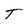
Character: T